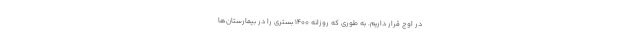
در اوج قرار داریم. به طوری که روزانه ۱۴۰۰ بستری را در بیمارستان‌ها